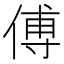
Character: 傅